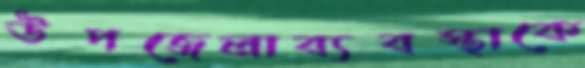
উপজেলাব্যবস্থাকে